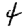
Digit: 4